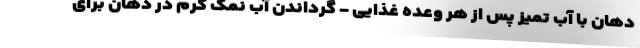
دهان با آب تمیز پس از هر وعده غذایی - گرداندن آب نمک گرم در دهان برای